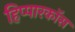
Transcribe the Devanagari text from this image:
हिप्पारकॉस